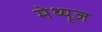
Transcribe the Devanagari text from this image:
मेथ्यूज